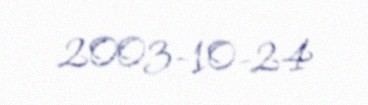
2003-10-24